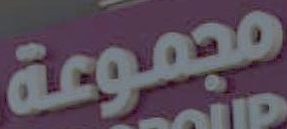
مجموعة